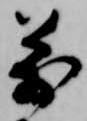
万